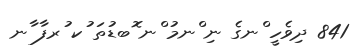
841 ދިވެހީ ްނގެ ނި ްނމު ްނ ޮބޑުތަ ުކ ުރފާ ާނ